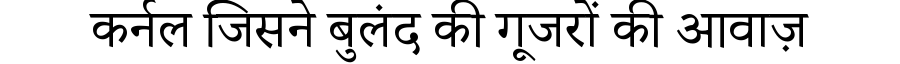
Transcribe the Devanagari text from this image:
कर्नल जिसने बुलंद की गूजरों की आवाज़